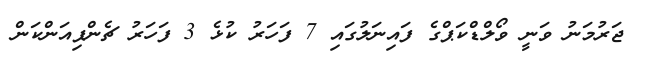
ޖަރުމަނު ވަނީ ވޯލްޑްކަޕްގެ ފައިނަލުގައި 7 ފަހަރު ކުޅެ 3 ފަހަރު ޗެންޕިއަންކަން